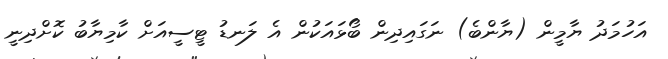
އަހުމަދު ޔާމީން (ޔާންބެ) ނަގައިދިން ބޯޅައަކުން އެ ލަނޑު ޓީސީއަށް ކާމިޔާބު ކޮށްދިނީ